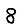
Digit: 8